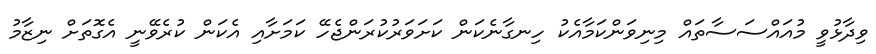
ވިދާޅުވީ މުއައްސަސާތައް މިނިވަންކަމާއެކު ހިނގާނެކަން ކަށަވަރުކުރަންޖެހޭ ކަމަށާއި އެކަން ކުރެވޭނީ އެގޮތަށް ނިޒާމު